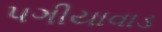
પગીયાવાડ